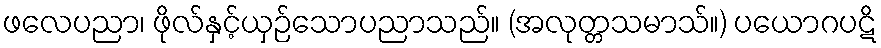
ဖလေပညာ၊ ဖိုလ်နှင့်ယှဉ်သောပညာသည်။ (အလုတ္တသမာသ်။) ပယောဂပဋိ